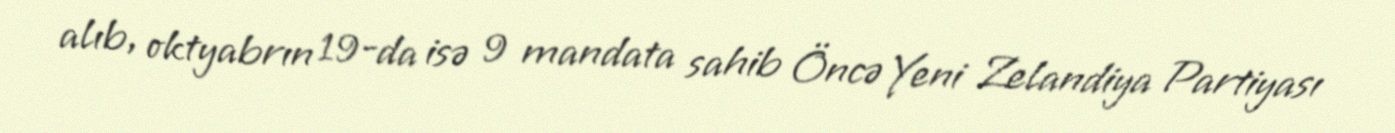
alıb, oktyabrın 19-da isə 9 mandata sahib Öncə Yeni Zelandiya Partiyası